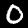
Digit: 0